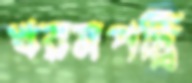
খরমপট্রি